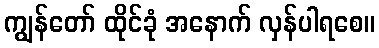
ကျွန်တော် ထိုင်ခုံ အနောက် လှန်ပါရစေ။